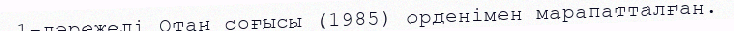
1-дәрежелі Отан соғысы (1985) орденімен марапатталған.